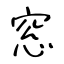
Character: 窓